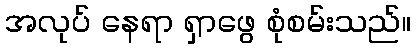
အလုပ် နေရာ ရှာဖွေ စုံစမ်းသည်။